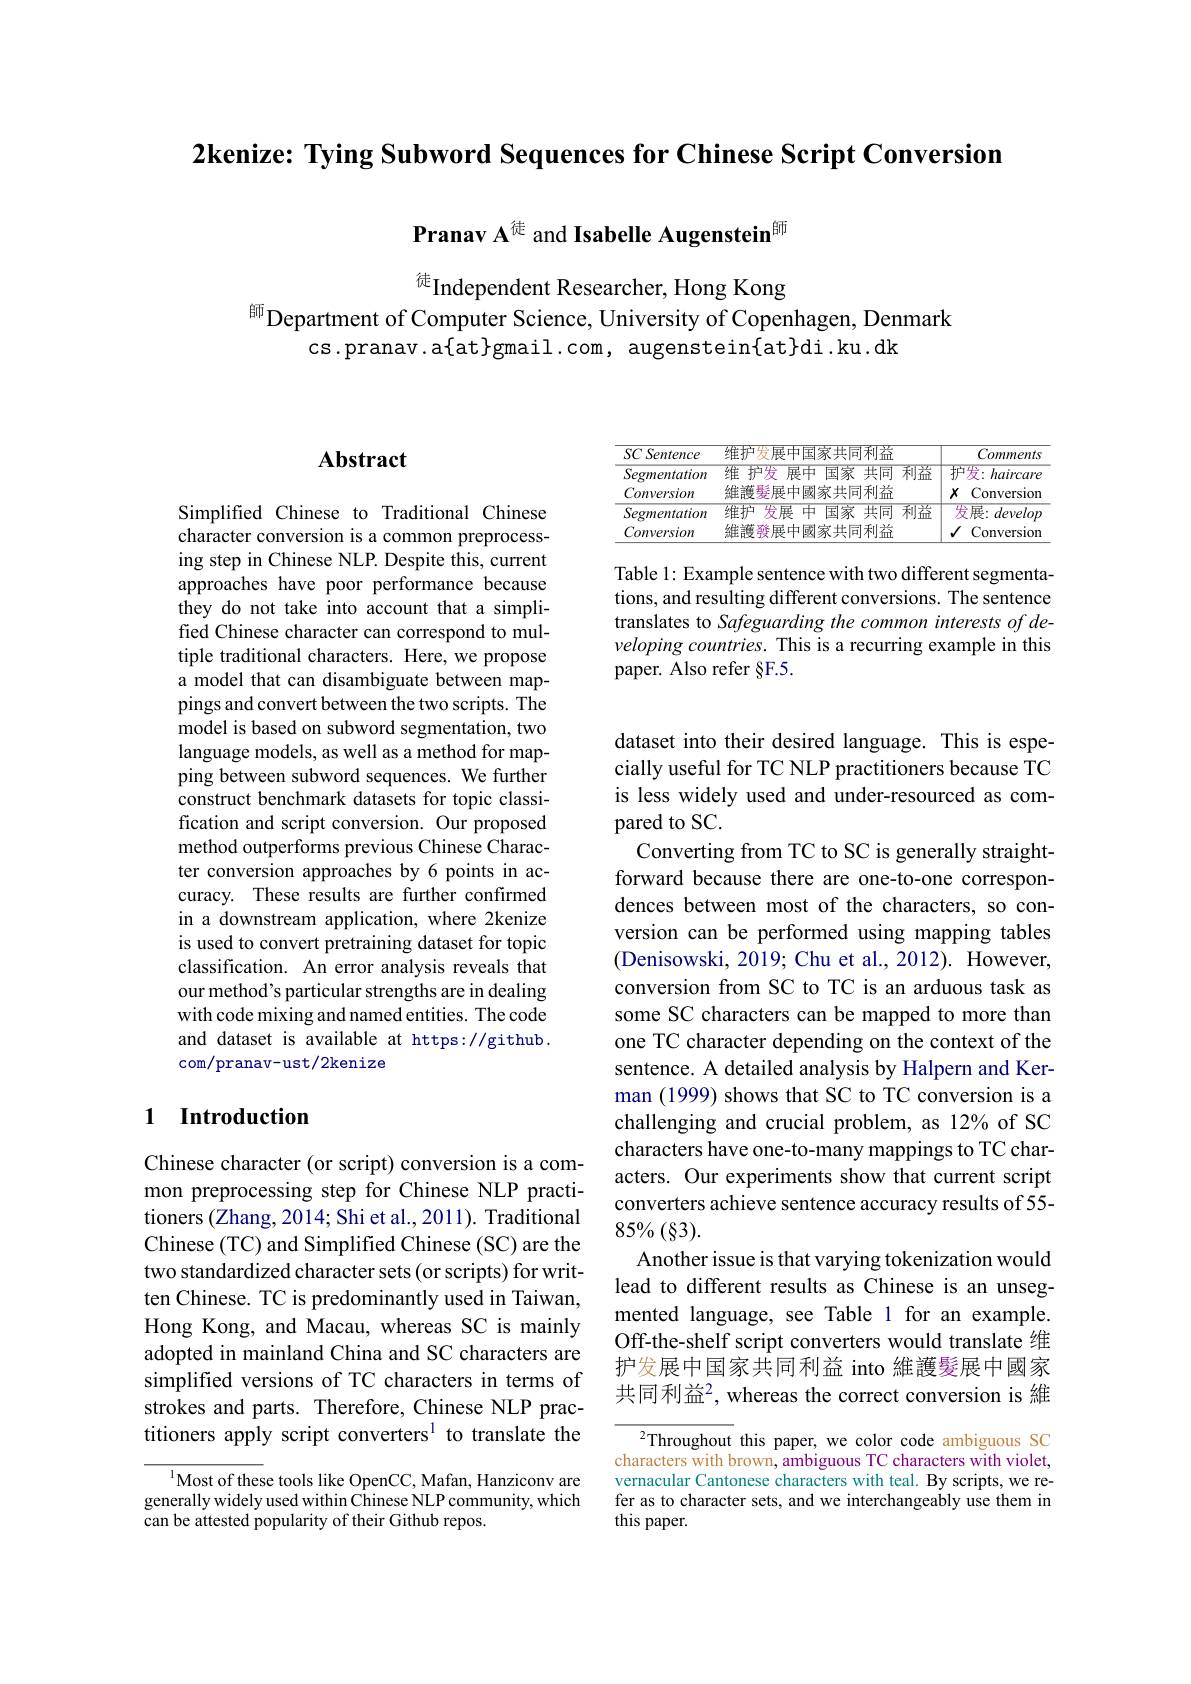
2kenize: Tying Subword Sequences for Chinese Script Conversion

Pranav A$^{\text{徒}}$ and Isabelle Augenstein$^{\text{師}}$

徒Independent Researcher, Hong Kong
$^{\text{師}}$Department of Computer Science, University of Copenhagen, Denmark
cs.pranav.a{at}gmail.com, augenstein{at}di.ku.dk

<table>
	<tbody>
		<tr>
			<th>SCSentence</th>
			<th>维护发展中国家共同利益</th>
			<th>Comments</th>
		</tr>
		<tr>
			<td>Segmentation</td>
			<td>$\overline{\text{利益}}$ 维护发 展中 国家 共同</td>
			<td>护发：haircare</td>
		</tr>
		<tr>
			<td>Conversion</td>
			<td>維護髮展中國家共同利益</td>
			<td>$X$ Conversion</td>
		</tr>
		<tr>
			<td>Segmentation</td>
			<td>维护 发展中国家 共同 $\overline{\text{利益}}$</td>
			<td>发展：develop</td>
		</tr>
		<tr>
			<td>Conversion</td>
			<td>維護發展中國家共同利益</td>
			<td>Conversion</td>
		</tr>
	</tbody>
</table>

Table 1: Example sentence with two different segmentations, and resulting different conversions. The sentence translates to Safeguarding the common interests of developing countries. This is a recurring example in this paper. Also refer §F.5.

## Abstract

Simplified Chinese to Traditional Chinese character conversion is a common preprocessing step in Chinese NLP. Despite this, current approaches have poor performance because they do not take into account that a simplified Chinese character can correspond to multiple traditional characters. Here, we propose a model that can disambiguate between mappings and convert between the two scripts. The model is based on subword segmentation, two language models, as well as a method for mapping between subword sequences. We further construct benchmark datasets for topic classification and script conversion. Our proposed method outperforms previous Chinese Character conversion approaches by 6 points in accuracy. These results are further confirmed in a downstream application, where 2kenize is used to convert pretraining dataset for topic classification. An error analysis reveals that our method's particular strengths are in dealing with code mixing and named entities. The code and dataset is available at https://github. com/pranav-ust/2kenize

## 1 Introduction

Chinese character (or script) conversion is a common preprocessing step for Chinese NLP practitioners (Zhang, 2014; Shi et al., 2011). Traditional Chinese (TC) and Simplified Chinese (SC) are the two standardized character sets(or scripts) for written Chinese. TC is predominantly used in Taiwan, Hong Kong, and Macau, whereas SC is mainly adopted in mainland China and SC characters are simplified versions of TC characters in terms of strokes and parts. Therefore, Chinese NLP practitioners apply script converters$^{1}$ to translate the

$^{1}$Most of these tools like OpenCC, Mafan, Hanziconv are generally widely used within Chinese NLP community, which can be attested popularity of their Github repos.

dataset into their desired language. This is especially useful for TC NLP practitioners because TC is less widely used and under-resourced as compared to SC.
Converting from TC to SC is generally straightforward because there are one-to-one correspondences between most of the characters, so conversion can be performed using mapping tables (Denisowski, 2019; Chu et al., 2012). However, conversion from SC to TC is an arduous task as some SC characters can be mapped to more than one TC character depending on the context of the sentence. A detailed analysis by Halpern and Kerman (1999) shows that SC to TC conversion is a challenging and crucial problem, as 12% of SC characters have one-to-many mappings to TC characters. Our experiments show that current script converters achieve sentence accuracy results of 55- $85\%(\S3).$
Another issue is that varying tokenization would lead to different results as Chinese is an unsegmented language, see Table 1 for an example. Off-the-shelf script converters would translate 维护发展中国家共同利益 into 維護髮展中國家共同利益2，whereas the correct conversion is 維

$^2$Throughout this paper, we color code ambiguous SC characters with brown, ambiguous TC characters with violet, vernacular Cantonese characters with teal. By scripts, we refer as to character sets, and we interchangeably use them in this paper.